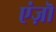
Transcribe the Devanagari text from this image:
एंज़ॊ